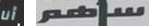
أنا ساهم